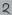
Text: 2